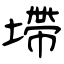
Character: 墆